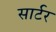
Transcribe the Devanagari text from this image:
सार्टर